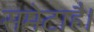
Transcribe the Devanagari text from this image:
समेटाहै।